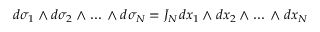
d \sigma _ { 1 } \wedge d \sigma _ { 2 } \wedge \ldots \, \wedge d \sigma _ { N } = J _ { N } d x _ { 1 } \wedge d x _ { 2 } \wedge \ldots \, \wedge d x _ { N }